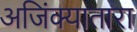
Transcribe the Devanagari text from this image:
अजिंक्यातारा